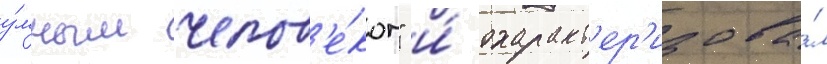
у́мным челов'е́ком" и́ охаракт'ер'изова́л